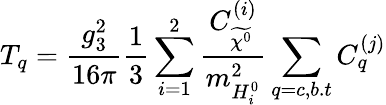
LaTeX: T_{q}=\frac{g_{3}^{2}}{16\pi}\frac{1}{3}\sum_{i=1}^{2}\frac{C_{\widetilde{\chi^{0}}}^{(i)}}{m_{H_{i}^{0}}^{2}}\sum_{q=c,b.t}C_{q}^{(j)}